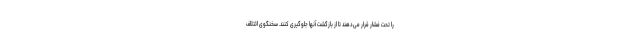
را تحت فشار قرار می‌دهند تا از بازگشت آنها جلوگیری کنند. سخنگوی ائتلاف